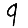
Digit: 9